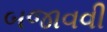
બજાવવી